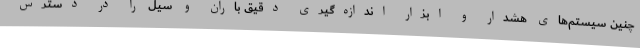
چنین سیستم‌های هشدار و ابزار اندازه‌گیری دقیق باران و سیل را در دسترس